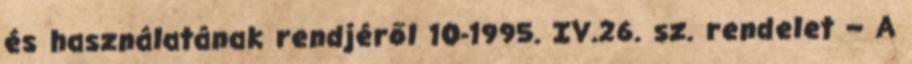
és használatának rendjéről 10-1995. IV.26. sz. rendelet – A